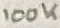
Text: 100K